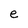
Character: e